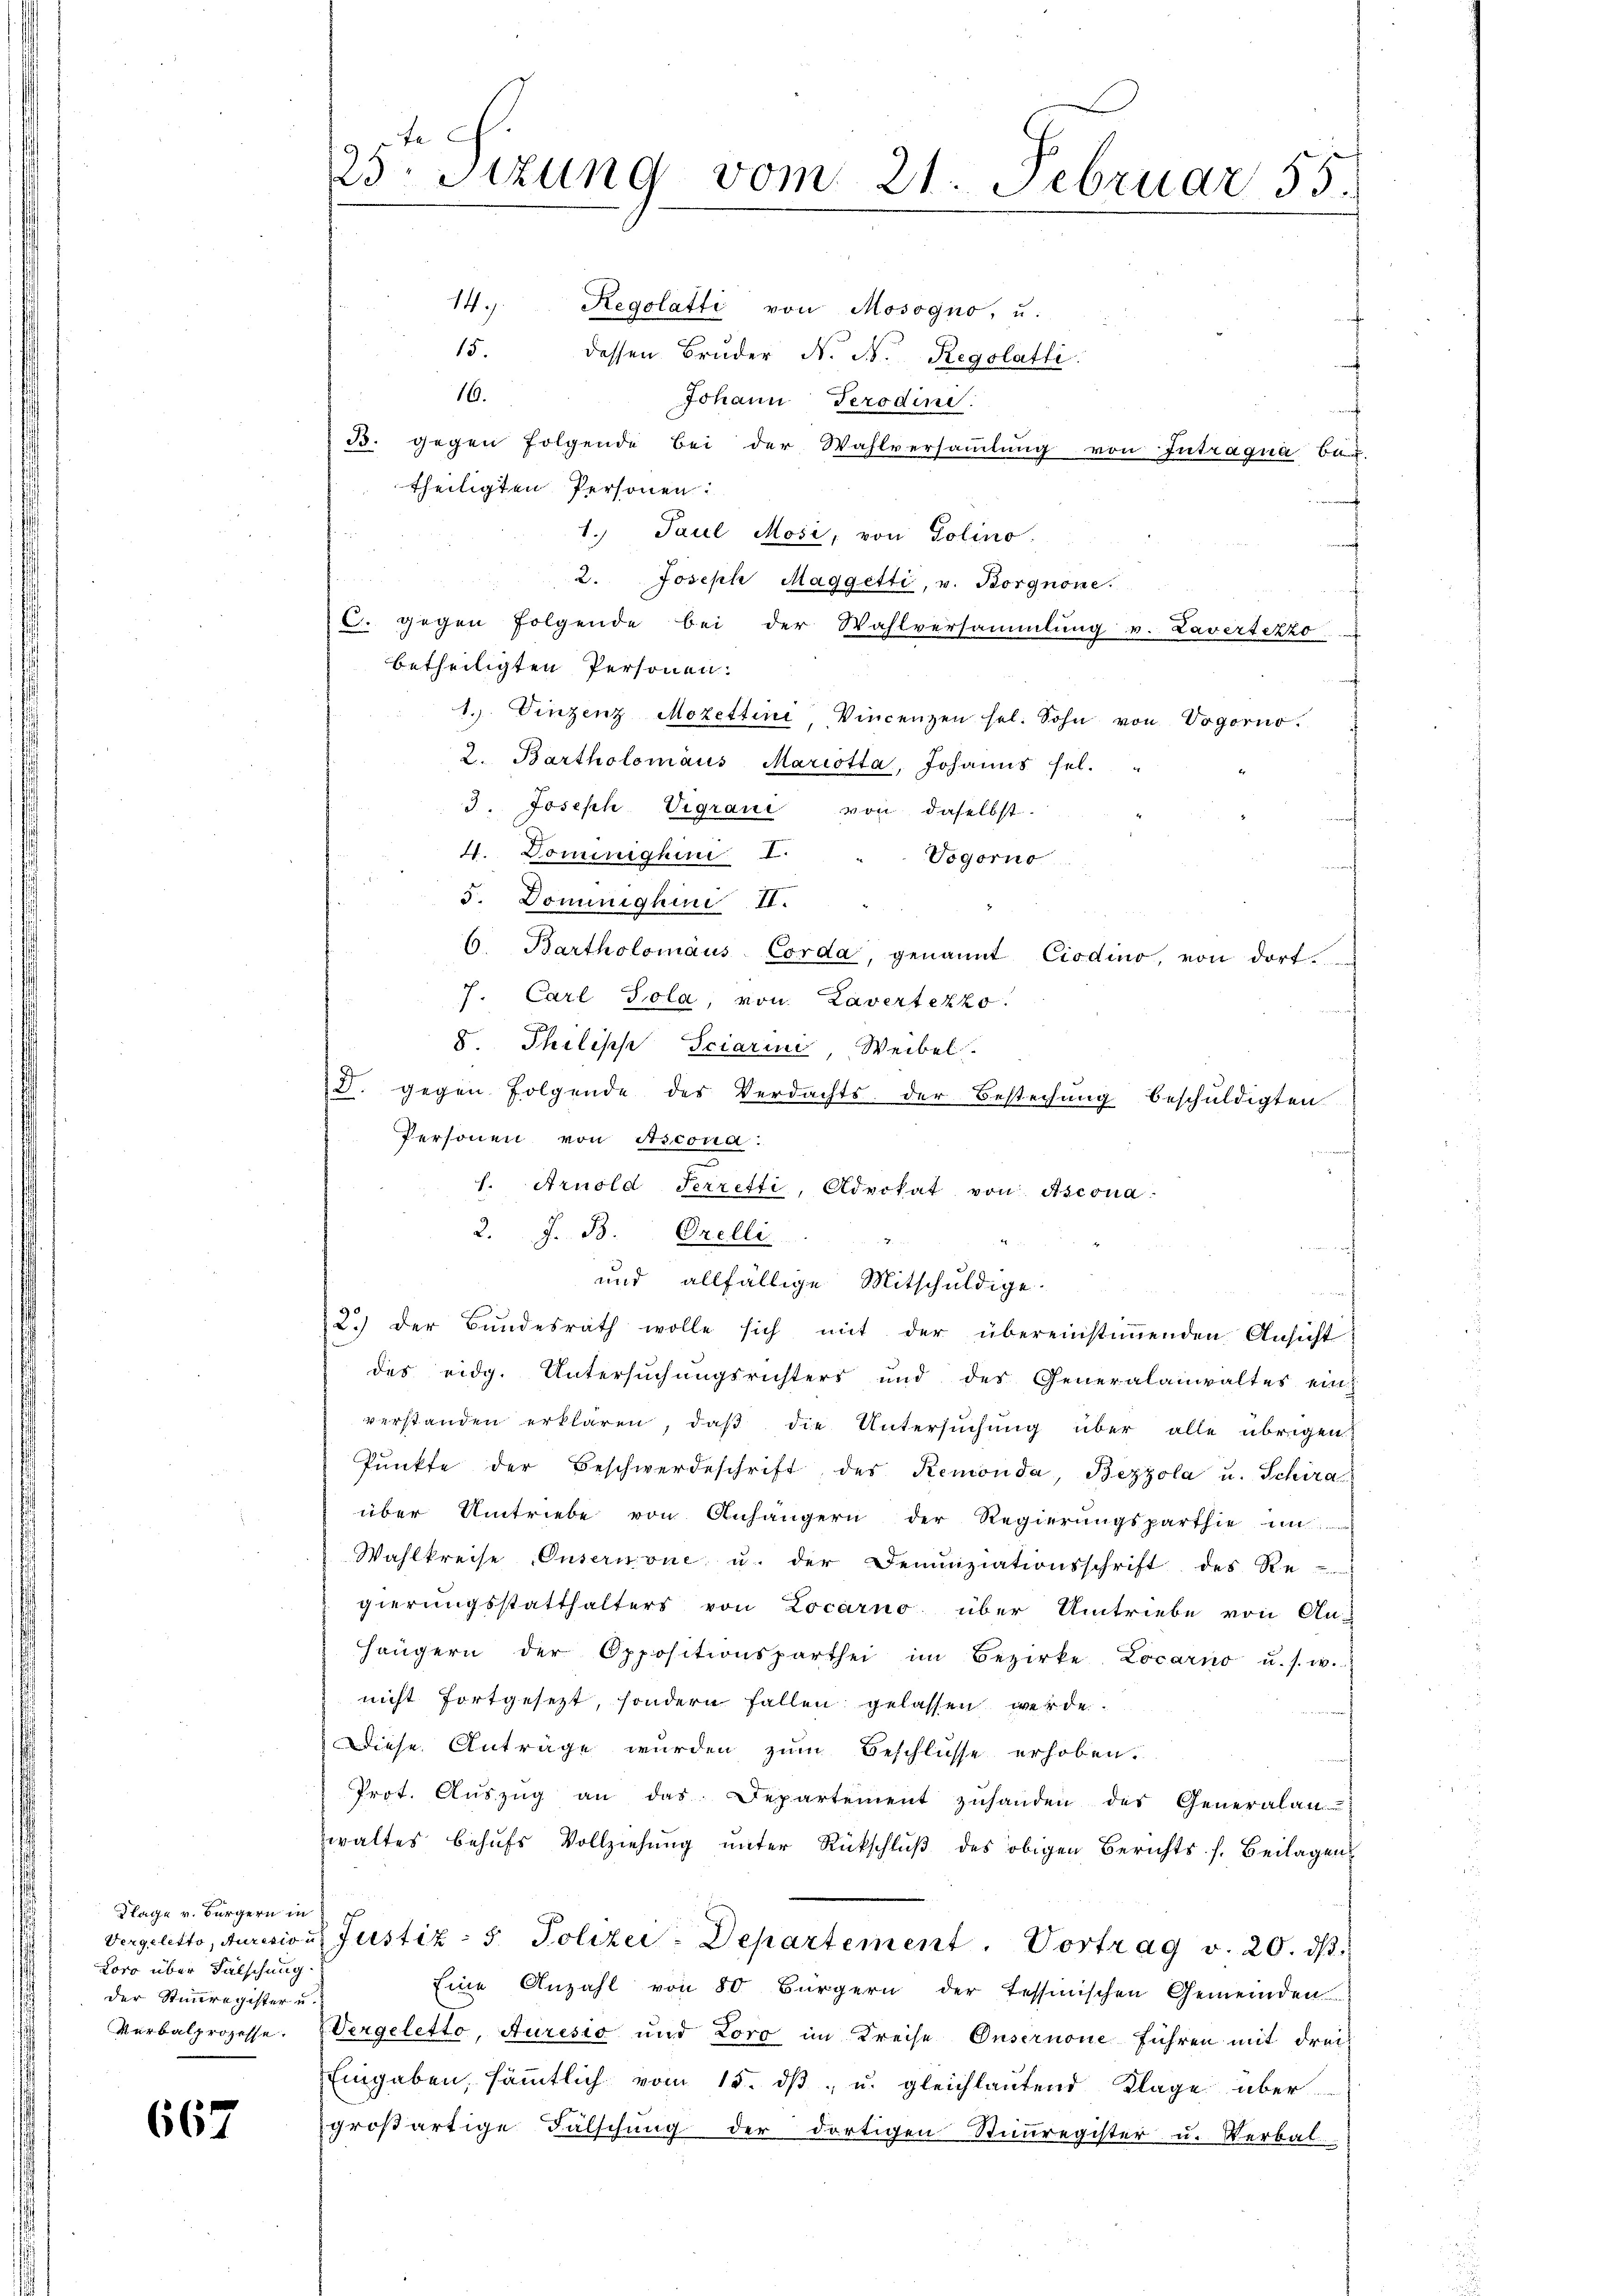
Klage v. Bürgern in
Loro über Fälschung.
der Stimmregister u.

667

149.
Regolatti von Mosogno, u.
15.
dessen Bruder N. N. Regolatli
16.
Johann Perodini
auf
B. gegen folgende bei der Wahlversaṁlŭng von Intragua Bau-
theiligten Personen:
1. Paul Mosi, von Solino.
2. Joseph Maggetti, v. Borgnone.
C. gegen folgende bei der Wahlversammlung v. Lavertezzo
betheiligten Personen.
1. Vinzenz Mozettini Vincenzen sel. Sohn von Vogorno.
2. Bartholomäus Mariotta, Johanns sel.
3. Joseph Vigrani von daselbst.
4. Dominighini I.
Vogorno
5. Dominighin. II.
6. Bartholomäus Corda, genannt Ciodino, von dort
7. Carl Tola, von Lavertekzo.
8. Philische Sciarini Weibel.
V. gegen folgende des Verdachts der Bestechung beschuldigten
Personen von Ascona:
f. Arnold Perretti, Advokat von Ascona
2. J. B. Orelli
und allfällige Mitschuldige.
2.) der Bŭndesrath wolle sich mit der übereinstiṁenden Ansicht
des eidg. Untersuchungsrichters und des Generalanwaltes ein
verstanden erklären, daß die Untersuchung über alle übrigen
Pŭnkte der Beschwerdeschrift des Remonda, Bezzola u. Schira
über Umtriebe von Anhängern der Regierungsparthie un
Wahlkreise Insernone u. der Denunziationsschrift des Re-
gierungsstatthalters von Locarno über Umtriebe von An-
hängern der Oppositionsparthei im Bezirke Locarno u. s. w.
nicht fortgesezt, sondern fallen gelassen werde.
Diese Anträge wurden zum Beschlüsse erhoben.
Prot. Aŭszŭg an das Departement zŭhanden des Generalan
waltes behufs Vollziehung unter Rückschluß des obigen Berichts s. Beilagen
Vergeletto, Jurision Justiz- & Polizei-Departement. Vortrag v. 20. ds.
Eine Anzahl von 80 Bürgern der Tessinischen Gemeinden
Verbalprozesse. (Vergeletto, Auresio und Loro im Kreise Onsernone führen mit drei-
Eingaben, sämmtlich vom 15. dβ u. gleichlautend Klage übergroßartige Fälschung der dortigen Stimmregister u. Verbal-

dte
23. Sizung vom 21. Februar 55.